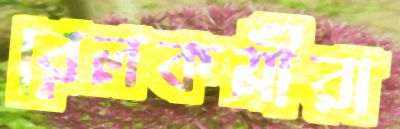
রেলকর্মীরা